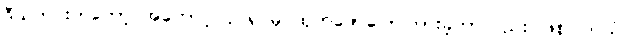
ဒီသတင်းကတော့ အကောင့် ပိုင်ရှင်မှ ထုတ်ဖော်ပြောကြားခဲ့တာလည်း ဖြစ်ပါတယ်။